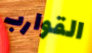
القوارب